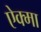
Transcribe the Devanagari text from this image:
ऐक्मा